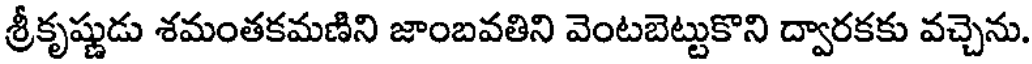
శ్రీకృష్ణుడు శమంతకమణిని జాంబవతిని వెంటబెట్టుకొని ద్వారకకు వచ్చెను.